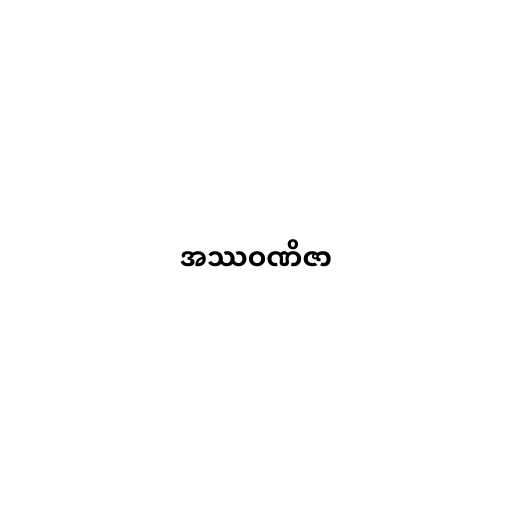
အဿဝဏိဇာ